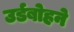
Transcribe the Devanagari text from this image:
उर्डबोहने